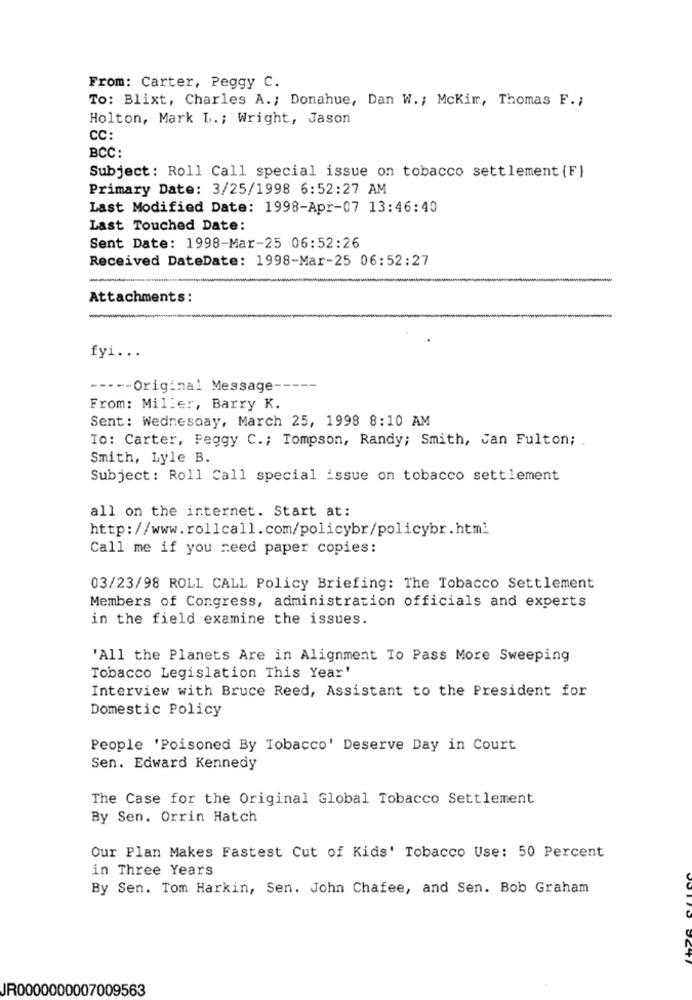
From: Carter, Peggy C.
To: Blixt, Charles A .; Donahue, Dan W .; Mckim, Thomas F .;
Holton, Mark L .; Wright, Jason
CC:
BCC:
Subject: Roll Call special issue on tobacco settlement {F}
Primary Date: 3/25/1998 6:52:27 AM
Last Modified Date: 1998-Apr-07 13:46:40
Last Touched Date:
Sent Date: 1998-Mar-25 06:52:26
Received DateDate: 1998-Mar-25 06:52:27
Attachments:
fyi ...
--- -- Original Message ---
From: Miller, Barry K.
Sent: Wednesday, March 25, 1998 8:10 AM
To: Carter, Peggy C .; Tompson, Randy; Smith, Jan Fulton;
Smith, Lyle B.
Subject: Roll Call special issue on tobacco settlement
all on the internet. Start at:
http://www.rollcall.com/policybr/policybr.html
Call me if you need paper copies:
03/23/98 ROLL CALL Policy Briefing: The Tobacco Settlement
Members of Congress, administration officials and experts
in the field examine the issues.
'All the Planets Are in Alignment To Pass More Sweeping
Tobacco Legislation This Year'
Interview with Bruce Reed, Assistant to the President for
Domestic Policy
People 'Poisoned By Tobacco' Deserve Day in Court
Sen. Edward Kennedy
The Case for the Original Global Tobacco Settlement
By Sen. Orrin Hatch
Our Plan Makes Fastest Cut of Kids' Tobacco Use: 50 Percent
in Three Years
By Sen. Tom Harkin, Sen. John Chafee, and Sen. Bob Graham
JR0000000007009563